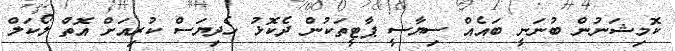
ކޮމިޝަނުން ބުނަނީ ބައެއް ސިޔާސީ ޕާޓީތަކުން ދެކޮޅު ހެދިޔަސް ކުރިއަށް އޮތް ލޯކަލް